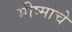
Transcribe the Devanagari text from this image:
भीष्माचे